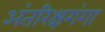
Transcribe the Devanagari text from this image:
अंतरिक्षगंगा